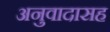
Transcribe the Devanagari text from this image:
अनुवादासह